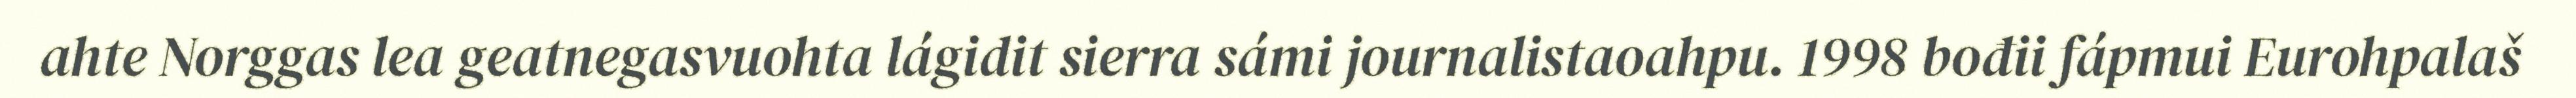
ahte Norggas lea geatnegasvuohta lágidit sierra sámi journalistaoahpu. 1998 bođii fápmui Eurohpalaš